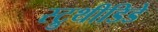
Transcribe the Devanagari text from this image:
स्ट्रुथीडिडे